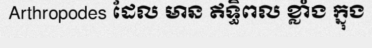
Arthropodes ដែល មាន ឥទ្ធិពល ខ្លាំង ក្នុង